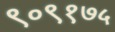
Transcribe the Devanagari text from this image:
९०९१७५